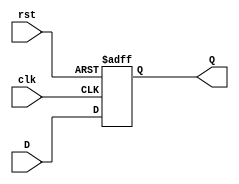
`timescale 1ns / 1ps

module DFlip_flop(input clk, input rst, input D, output reg Q);

 always @ (posedge clk or posedge rst)
 if (rst) begin
 Q <= 1'b0;
 end else begin
 Q <= D;
 end
endmodule